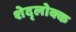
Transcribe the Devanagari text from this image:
शेद्लोक्क